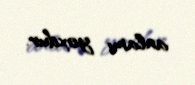
anlamı yoxdur.